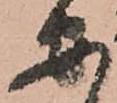
安